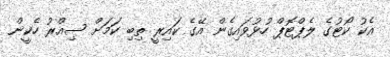
އެކު ކޯޓުގެ ލެޕްޓޮޕް ހުޅުވައިގެން އޭގެ ކައިރީ ތިބި ކަމަށް ސިއްރު ހެކީން